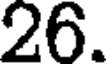
26.